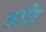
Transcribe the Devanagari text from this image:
बचि